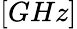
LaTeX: \left[GHz\right]